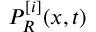
P _ { R } ^ { [ i ] } ( x , t )